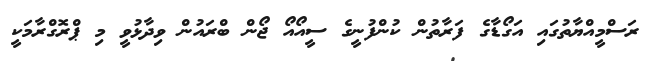
ރަސްމީއްޔާތުގައި އަގޯޑާގެ ފަރާތުން ކުންފުނީގެ ސީއޯއޯ ޖޯން ބްރައުން ވިދާޅުވީ މި ޕްރޮގްރާމަކީ